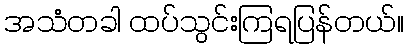
အသံတခါ ထပ်သွင်းကြရပြန်တယ်။